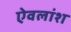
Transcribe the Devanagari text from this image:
ऐवलांश